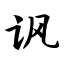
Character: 讽